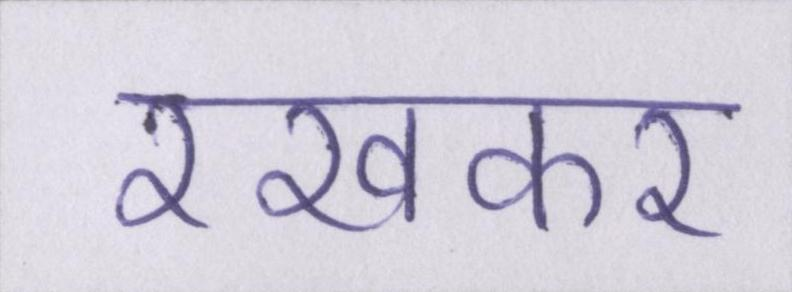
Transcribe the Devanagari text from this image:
रखकर